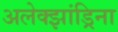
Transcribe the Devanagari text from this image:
अलेक्झांड्रिना